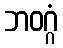
ဘဝဂ္ဂံ